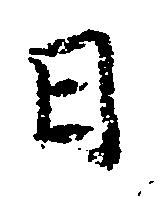
日